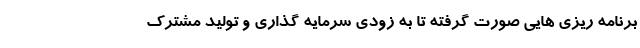
برنامه ریزی هایی صورت گرفته تا به زودی سرمایه گذاری و تولید مشترک